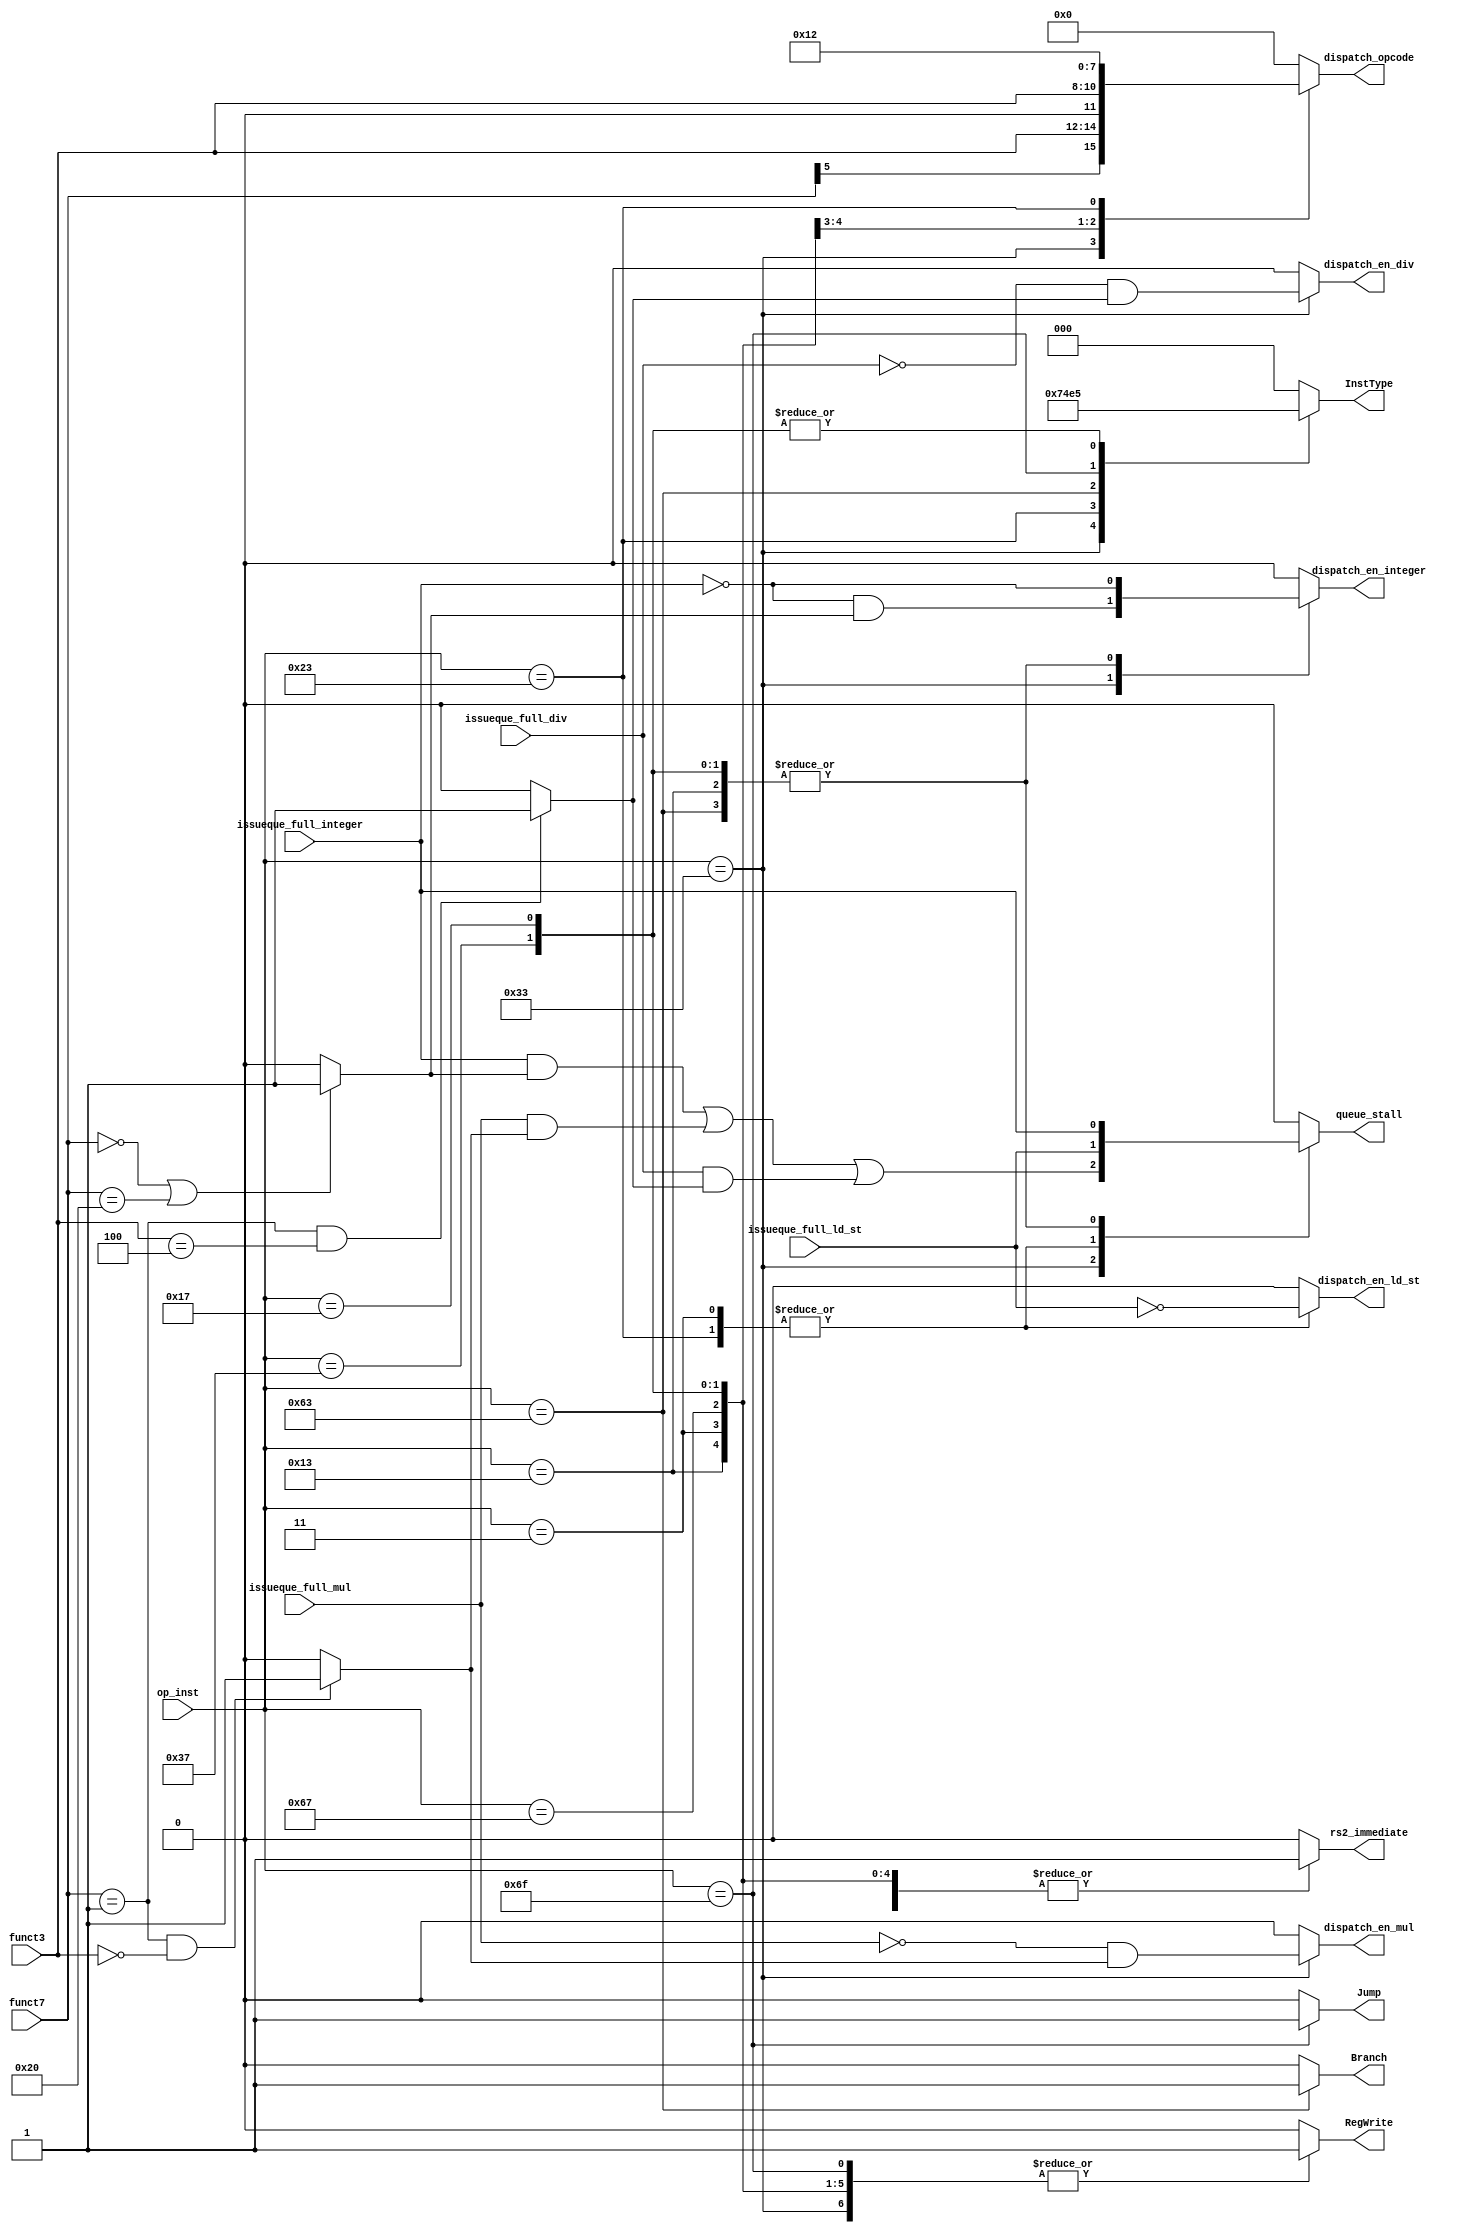
module Control_decoder (
	op_inst,
	InstType,
	funct3,
	funct7,
	Branch,
	RegWrite,
	rs2_immediate,
	queue_stall,
	Jump,
	//JumpR,
	dispatch_opcode,
	dispatch_en_integer,
	dispatch_en_ld_st,
	dispatch_en_mul,
	dispatch_en_div,
	issueque_full_integer,
	issueque_full_ld_st,
	issueque_full_mul,
	issueque_full_div	
);
input [6:0] op_inst;
output reg [2:0] InstType;
input [2:0] funct3;
input [6:0] funct7;
output reg Branch;
output reg RegWrite;
output reg Jump;
//JumpR,
output reg [3:0] dispatch_opcode;
output reg dispatch_en_integer;
output reg dispatch_en_ld_st;
output reg dispatch_en_mul;
output reg dispatch_en_div;
output reg rs2_immediate;
output reg queue_stall;
input issueque_full_integer;
input issueque_full_ld_st;
input issueque_full_mul;
input issueque_full_div;

localparam R_Type = 7'h33;
localparam I_Logic_Type = 7'h13;
localparam I_Load_Type = 7'h03;
localparam S_Type = 7'h23;
localparam B_Type = 7'h63;
localparam J_Type = 7'h6F;
localparam I_Jump_Type = 7'h67;
localparam U_Load_Type = 7'h37;
localparam U_Add_Type = 7'h17;

wire int_enabler;
assign int_enabler = (funct7 == 7'h00) || (funct7 == 7'h20) ? 1'b1: 1'b0;

wire mul_enabler;
assign mul_enabler = (funct7 == 7'h01) && (funct3 == 3'b000) ? 1'b1: 1'b0;

wire div_enabler;
assign div_enabler = (funct7 == 7'h01) && (funct3 == 3'b100) ? 1'b1: 1'b0;


always @ * begin
	case (op_inst)
		R_Type:
		begin
			InstType = 3'b111;
			Branch = 1'b0;
			RegWrite = 1'b1;
			Jump = 1'b0;
			//JumpR,
			dispatch_opcode = {funct7[5],funct3};
			dispatch_en_integer = (~issueque_full_integer) & (int_enabler);
			dispatch_en_ld_st = 1'b0;
			dispatch_en_mul = (~issueque_full_mul) & (mul_enabler);
			dispatch_en_div = (~issueque_full_div) & (div_enabler);
			queue_stall = (issueque_full_integer & int_enabler) | (issueque_full_mul & mul_enabler) | (issueque_full_div & div_enabler);
			rs2_immediate = 1'b0;
			/*InstType = 3'b111;
			//ALU_Op = 2'b10;
			Jump = 1'b0;
			JumpR = 1'b0;
			Branch = 1'b0;
			MemRead = 1'b0;
			//MemToReg = 2'b00;
			MemWrite = 1'b0;
			ALUsrc = 1'b0;
			RegWrite = 1'b1;
			//PCSave = 1'b0;*/
		end
		I_Logic_Type:
		begin
			InstType = 3'b000;
			Branch = 1'b0;
			RegWrite = 1'b1;
			Jump = 1'b0;
			//JumpR,
			dispatch_opcode = {1'b0,funct3};
			dispatch_en_integer = ~issueque_full_integer;
			dispatch_en_ld_st = 1'b0;
			dispatch_en_mul = 1'b0;
			dispatch_en_div = 1'b0;
			queue_stall = issueque_full_integer;
			rs2_immediate = 1'b1;
			/*InstType = 3'b000;
			ALU_Op = 2'b10;
			Jump = 1'b0;
			JumpR = 1'b0;
			Branch = 1'b0;
			MemRead = 1'b0;
			//MemToReg = 2'b00;
			MemWrite = 1'b0;
			ALUsrc = 1'b1;
			RegWrite = 1'b1;
			PCSave = 1'b0;*/
		end
		I_Load_Type:
		begin
			InstType = 3'b000;
			Branch = 1'b0;
			RegWrite = 1'b1;
			Jump = 1'b0;
			//JumpR,
			dispatch_opcode = 4'b0001;
			dispatch_en_integer = 1'b0;
			dispatch_en_ld_st = ~issueque_full_ld_st;
			dispatch_en_mul = 1'b0;
			dispatch_en_div = 1'b0;
			queue_stall = issueque_full_ld_st;
			rs2_immediate = 1'b1;
			/*InstType = 3'b000;
			ALU_Op = 2'b00;
			Jump = 1'b0;
			JumpR = 1'b0;
			Branch = 1'b0;
			MemRead = 1'b1;
			//MemToReg = 2'b01;
			MemWrite = 1'b0;
			ALUsrc = 1'b1;
			RegWrite = 1'b1;
			PCSave = 1'b0;*/
		end
		S_Type:
		begin
			InstType = 3'b010;
			Branch = 1'b0;
			RegWrite = 1'b0;
			Jump = 1'b0;
			//JumpR,
			dispatch_opcode = 4'b0010;
			dispatch_en_integer = 1'b0;
			dispatch_en_ld_st = ~issueque_full_ld_st;
			dispatch_en_mul = 1'b0;
			dispatch_en_div = 1'b0;
			queue_stall = issueque_full_ld_st;
			rs2_immediate = 1'b1;
			/*InstType = 3'b010;
			ALU_Op = 2'b00;
			Jump = 1'b0;
			JumpR = 1'b0;
			Branch = 1'b0;
			MemRead = 1'b0;
			//MemToReg = 2'b00;
			MemWrite = 1'b1;
			ALUsrc = 1'b1;
			RegWrite = 1'b0;
			PCSave = 1'b0;*/
		end
		B_Type:
		begin
			InstType = 3'b011;
			Branch = 1'b1;
			RegWrite = 1'b0;
			Jump = 1'b0;
			//JumpR,
			dispatch_opcode = 4'b0000;
			dispatch_en_integer = ~issueque_full_integer;
			dispatch_en_ld_st = 1'b0;
			dispatch_en_mul = 1'b0;
			dispatch_en_div = 1'b0;
			queue_stall = issueque_full_integer;
			rs2_immediate = 1'b0;
			/*InstType = 3'b011;
			ALU_Op = 2'b01;
			Jump = 1'b0;
			JumpR = 1'b0;
			Branch = 1'b1;
			MemRead = 1'b0;
			//MemToReg = 2'b00;
			MemWrite = 1'b0;
			ALUsrc = 1'b0;
			RegWrite = 1'b0;
			PCSave = 1'b0;*/
		end
		J_Type:
		begin
			InstType = 3'b100;
			Branch = 1'b0;
			RegWrite = 1'b1;
			Jump = 1'b1;
			//JumpR,
			dispatch_opcode = 4'b0000;
			dispatch_en_integer = 1'b0;
			dispatch_en_ld_st = 1'b0;
			dispatch_en_mul = 1'b0;
			dispatch_en_div = 1'b0;
			queue_stall = 1'b0;
			rs2_immediate = 1'b0;
			/*InstType = 3'b100;
			ALU_Op = 2'b00;
			Jump = 1'b1;
			JumpR = 1'b0;
			Branch = 1'b0;
			MemRead = 1'b0;
			//MemToReg = 2'b10;
			MemWrite = 1'b0;
			ALUsrc = 1'b0;
			RegWrite = 1'b1;
			PCSave = 1'b0;*/
		end
		I_Jump_Type:
		begin
			InstType = 3'b000;
			Branch = 1'b0;
			RegWrite = 1'b1;
			Jump = 1'b0;
			//JumpR,
			dispatch_opcode = 4'b0000;
			dispatch_en_integer = 1'b0;
			dispatch_en_ld_st = 1'b0;
			dispatch_en_mul = 1'b0;
			dispatch_en_div = 1'b0;
			queue_stall = 1'b0;
			rs2_immediate = 1'b1;
			/*InstType = 3'b000;
			ALU_Op = 2'b00;
			Jump = 1'b0;
			JumpR = 1'b1;
			Branch = 1'b0;
			MemRead = 1'b0;
			//MemToReg = 2'b10;
			MemWrite = 1'b0;
			ALUsrc = 1'b1;
			RegWrite = 1'b1;
			PCSave = 1'b0;*/
		end
		U_Load_Type:
		begin
			InstType = 3'b101;
			Branch = 1'b0;
			RegWrite = 1'b1;
			Jump = 1'b0;
			//JumpR,
			dispatch_opcode = 4'b0000;
			dispatch_en_integer = ~issueque_full_integer;
			dispatch_en_ld_st = 1'b0;
			dispatch_en_mul = 1'b0;
			dispatch_en_div = 1'b0;
			queue_stall = issueque_full_integer;
			rs2_immediate = 1'b1;
			/*InstType = 3'b101;
			ALU_Op = 1'b00;
			Jump = 1'b0;
			JumpR = 1'b0;
			Branch = 1'b0;
			MemRead = 1'b0;
			//MemToReg = 2'b11;
			MemWrite = 1'b0;
			ALUsrc = 1'b0;
			RegWrite = 1'b1;
			PCSave = 1'b0;*/
		end
		U_Add_Type:
		begin
			InstType = 3'b101;
			Branch = 1'b0;
			RegWrite = 1'b1;
			Jump = 1'b0;
			//JumpR,
			dispatch_opcode = 4'b0000;
			dispatch_en_integer = ~issueque_full_integer;
			dispatch_en_ld_st = 1'b0;
			dispatch_en_mul = 1'b0;
			dispatch_en_div = 1'b0;
			queue_stall = issueque_full_integer;
			rs2_immediate = 1'b1;
			/*InstType = 3'b101;
			ALU_Op = 1'b00;
			Jump = 1'b0;
			JumpR = 1'b0;
			Branch = 1'b0;
			MemRead = 1'b0;
			//MemToReg = 2'b10;
			MemWrite = 1'b0;
			ALUsrc = 1'b0;
			RegWrite = 1'b1;
			PCSave = 1'b1;*/
		end
		default:
		begin
			InstType = 3'b000;
			Branch = 1'b0;
			RegWrite = 1'b0;
			Jump = 1'b0;
			//JumpR,
			dispatch_opcode = 4'b0000;
			dispatch_en_integer = 1'b0;
			dispatch_en_ld_st = 1'b0;
			dispatch_en_mul = 1'b0;
			dispatch_en_div = 1'b0;
			queue_stall = 1'b0;
			rs2_immediate = 1'b0;
			/*InstType = 3'b000;
			ALU_Op = 1'b00;
			Jump = 1'b0;
			JumpR = 1'b0;
			Branch = 1'b0;
			MemRead = 1'b0;
			//MemToReg = 2'b00;
			MemWrite = 1'b0;
			ALUsrc = 1'b0;
			RegWrite = 1'b0;
			PCSave = 1'b0;*/
		end
	endcase
end

endmodule